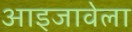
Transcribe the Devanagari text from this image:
आइजावेला